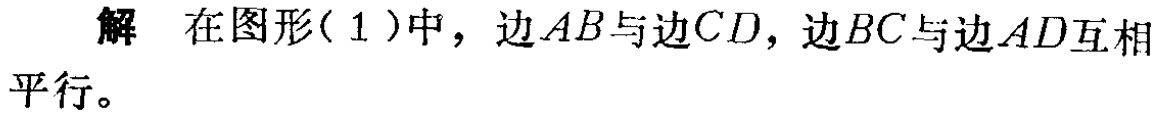
解 在图形(1)中，边\(AB\)与边\(CD\)，边\(BC\)与边\(AD\)互相平行。